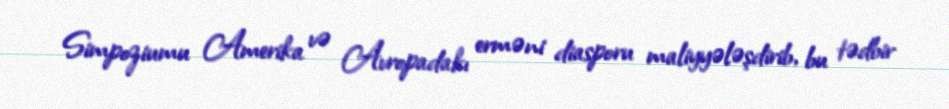
Simpoziumu Amerika və Avropadakı erməni diasporu maliyyələşdirib, bu tədbir